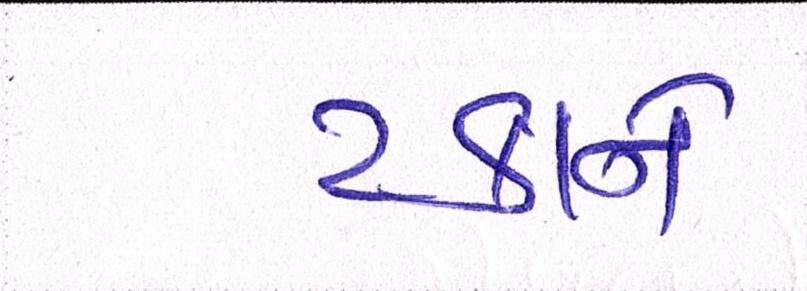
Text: ટકાને